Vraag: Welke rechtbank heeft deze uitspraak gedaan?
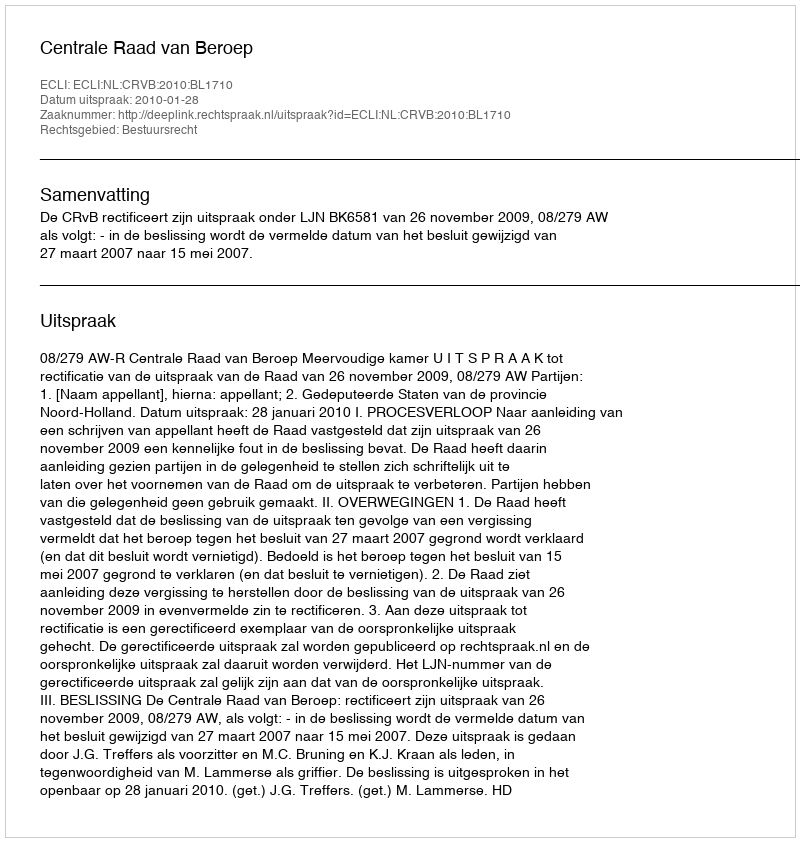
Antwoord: Centrale Raad van Beroep